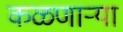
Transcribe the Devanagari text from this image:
कळणाऱ्या